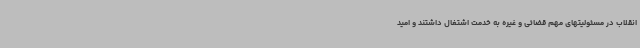
انقلاب در مسئولیتهای مهم قضائی و غیره به خدمت اشتغال داشتند و امید